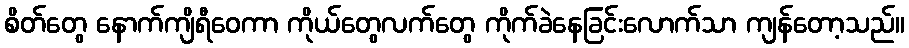
စိတ်တွေ နောက်ကျိရီဝေကာ ကိုယ်တွေလက်တွေ ကိုက်ခဲနေခြင်းလောက်သာ ကျန်တော့သည်။